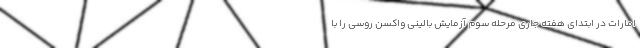
امارات در ابتدای هفته جاری مرحله سوم آزمایش بالینی واکسن روسی را با